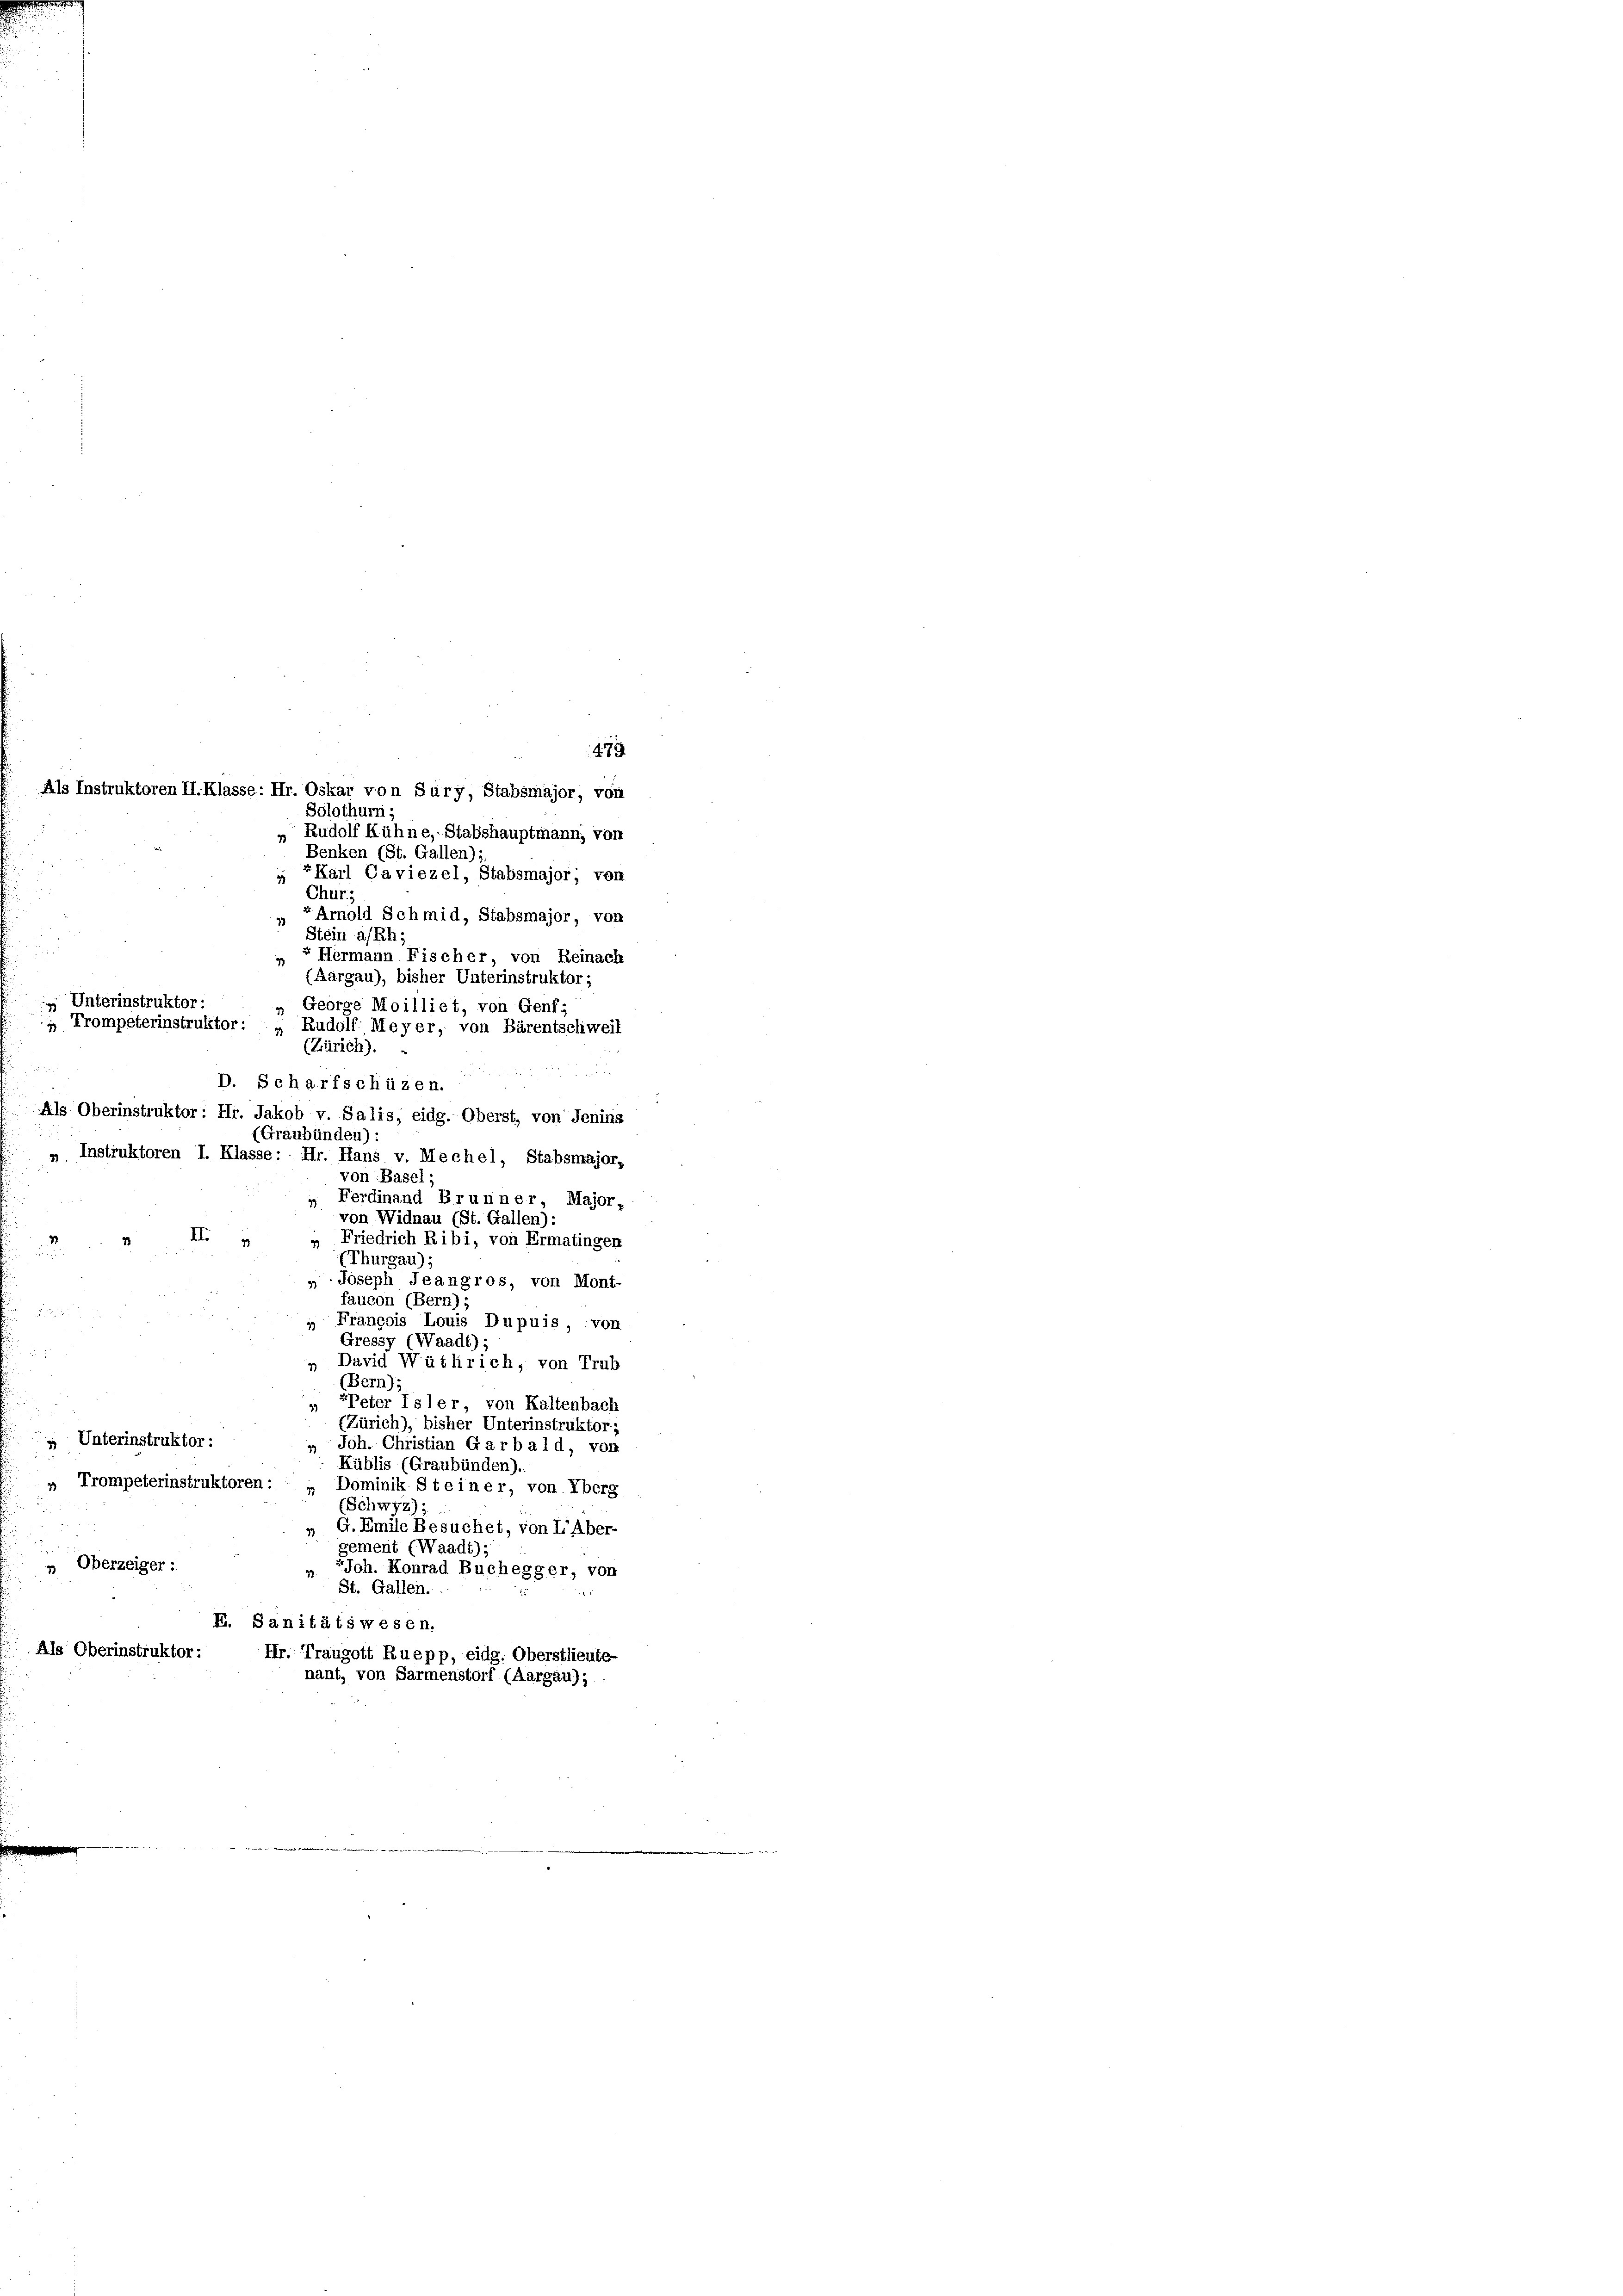
Rudolf Kühne, Stabshauptmann, von
3
Benken (St. Gallen):
 Karl Caviezel, Stabsmajor; von
Chur,
« Arnold Schmid, Stabsmajor, von
Stein a/Rh;
Hermann Fischer von Reinach
(Aargau), bisher Unterinstruktor;
„ George Moilliet, von Genf;
 Trompeterinstruktor: „ Rudolf Meyer, von Bärentschweil
(Zürich).

D. Scharfschüzen.
Als Oberinstruktor: Hr. Jakob v. Salis, eidg. Oberst, von Jenins
(Graubünden):
» Instruktoren I. Klasse: Hr. Hans v. Mechel, Stabsmajor,
von Basel;
 Ferdinand Brunner, Major,
von Widnau (St. Gallen):
II
Friedrich Ribi, von Ermatingen
17
2
(Thurgau);
». Joseph Jeangros, von Mont-
faucon (Bern) ;

François Louis Dupuis, von
19
Gressy (Waadt);

» David Wütlrich, von Trub
(Bern):
 PPeter Isler von Kaltenbach
(Zürich), bisher Unterinstruktor
 Unterinstruktor :
Joh. Christian Garbald, von
2
Küblis (Graubünden).
» Trompeterinstruktoren : „ Dominik Steiner, von Überg
(Schwyz):
G. Emile Besuchet, von I. Aber-
gement (Waadt);
 Oberzeiger:
Joh. Konrad Buchegger, von
St. Gallen.
K. Sanitätswesen.
Als Oberinstruktor: Hr. Traugott Ruepp, eidg. Oberstlieute-
nant, von Sarmenstorf (Aargau);

Unterinstruktor :

5

479
Als Instruktoren II. Klasse: Hr. Oskar von Sury, Stabsmajor, von
Solothurn,